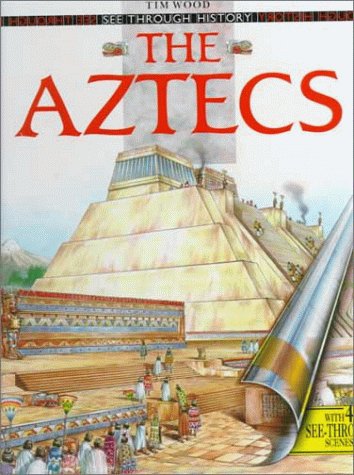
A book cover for The Aztecs (See Through History); Tim Wood; Children's Books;